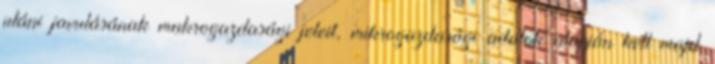
utáni javulásának makrogazdasági jeleit, mikrogazdasági adatok alapján kell majd